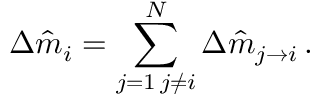
\Delta \hat { m } _ { i } = \sum _ { \substack { j = 1 \, j \neq i } } ^ { N } \Delta \hat { m } _ { j \rightarrow i } \, .